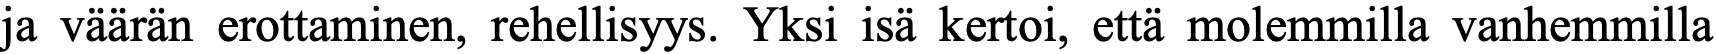
ja väärän erottaminen, rehellisyys. Yksi isä kertoi, että molemmilla vanhemmilla